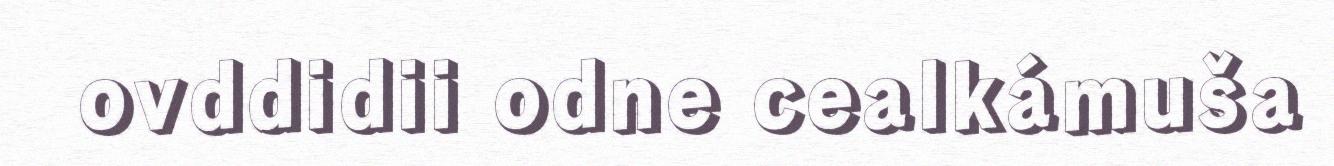
ovddidii odne cealkámuša